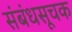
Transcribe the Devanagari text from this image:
संबंधसूचक